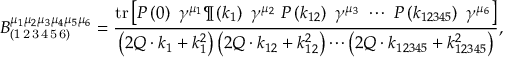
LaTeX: B _ { \left( 1 \mathrm { \, 2 \, 3 \, 4 \, 5 \, 6 } \right) } ^ { \mu _ { 1 } \mu _ { 2 } \mu _ { 3 } \mu _ { 4 } \mu _ { 5 } \mu _ { 6 } } = \frac { \mathrm { t r } \left[ P \left( 0 \right) \ \gamma ^ { \mu _ { 1 } } \P \left( k _ { 1 } \right) \ \gamma ^ { \mu _ { 2 } } \ P \left( k _ { 1 2 } \right) \ \gamma ^ { \mu _ { 3 } } \ \cdots \ P \left( k _ { 1 2 3 4 5 } \right) \ \gamma ^ { \mu _ { 6 } } \right] } { \left( 2 Q \cdot k _ { 1 } + k _ { 1 } ^ { 2 } \right) \left( 2 Q \cdot k _ { 1 2 } + k _ { 1 2 } ^ { 2 } \right) \cdots \left( 2 Q \cdot k _ { 1 2 3 4 5 } + k _ { 1 2 3 4 5 } ^ { 2 } \right) } ,